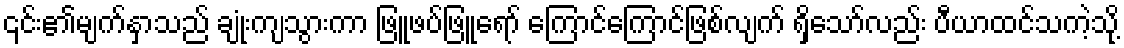
၎င်း၏မျက်နှာသည် ချုံးကျသွားကာ ဖြူဖပ်ဖြူရော် ကြောင်ကြောင်ဖြစ်လျက် ရှိသော်လည်း ပီယာထင်သကဲ့သို့